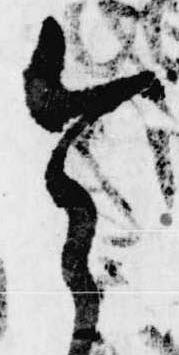
令